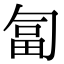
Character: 匐